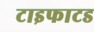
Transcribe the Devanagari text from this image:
टाइफाटड